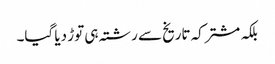
بلکہ مشترکہ تاریخ سے رشتہ ہی توڑ دیا گیا۔